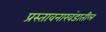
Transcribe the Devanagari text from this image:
प्रस्तावनाखंडातील